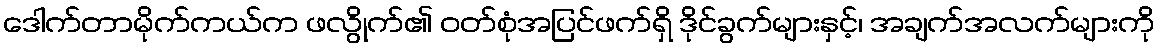
ဒေါက်တာမိုက်ကယ်က ဖလွိုက်၏ ဝတ်စုံအပြင်ဖက်ရှိ ဒိုင်ခွက်များနှင့်၊ အချက်အလက်များကို